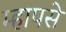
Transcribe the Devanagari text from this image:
म्हापसे